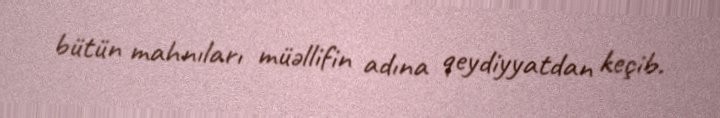
bütün mahnıları müəllifin adına qeydiyyatdan keçib.